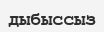
дыбыссыз